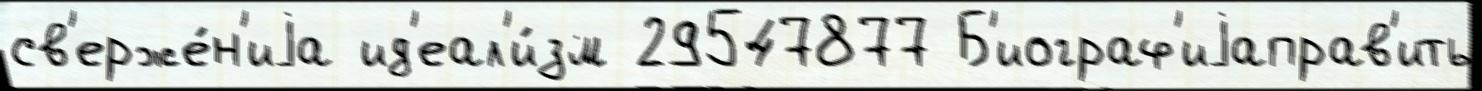
св'ерже́н'иjа ид'еал'и́зм 29547877 Б'иограф'иjаправ'ить